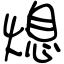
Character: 熄